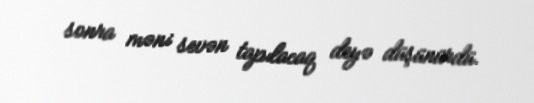
sonra məni sevən tapılacaq deyə düşünürdü.